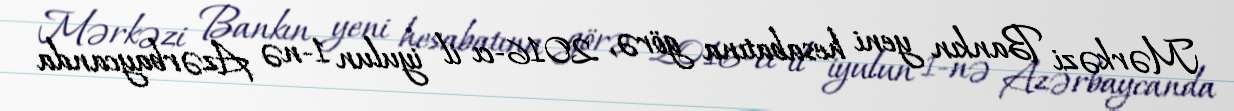
Mərkəzi Bankın yeni hesabatına görə, 2016-cı il iyulun 1-nə Azərbaycanda